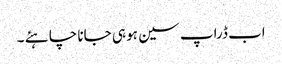
اب ڈراپ سین ہو ہی جانا چا ہئے ۔